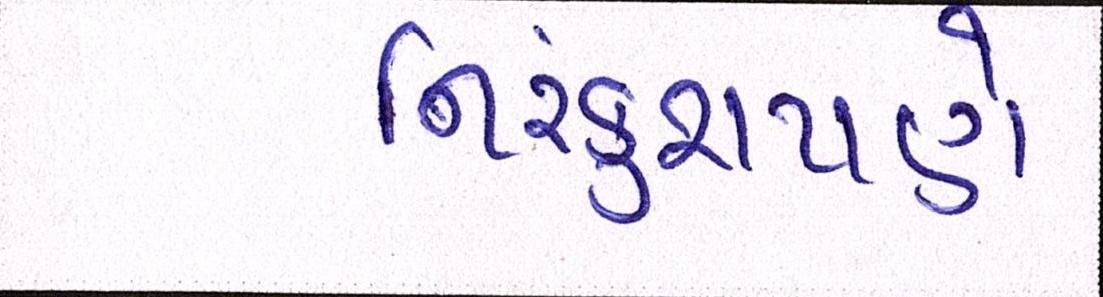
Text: નિરંકુશપણે